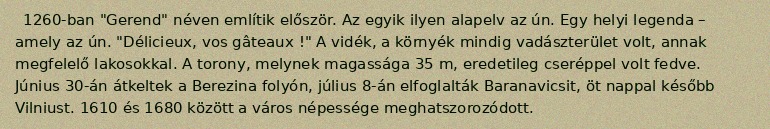
1260-ban "Gerend" néven említik először. Az egyik ilyen alapelv az ún. Egy helyi legenda – amely az ún. "Délicieux, vos gâteaux !" A vidék, a környék mindig vadászterület volt, annak megfelelő lakosokkal. A torony, melynek magassága 35 m, eredetileg cseréppel volt fedve. Június 30-án átkeltek a Berezina folyón, július 8-án elfoglalták Baranavicsit, öt nappal később Vilniust. 1610 és 1680 között a város népessége meghatszorozódott.